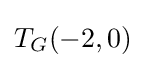
T_{G}(-2,0)